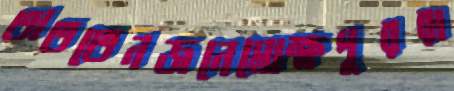
তাততেনজনেমোক্ষপুররা